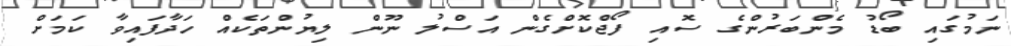
ނަމުގައި ބޯޑު މެންބަރުންގެ ސޮއި ފޯޖްކޮށްގެން އަސްލު ނޫން ލިޔުންތަކެއް ހަދާފައިވާ ކަމަށް